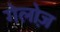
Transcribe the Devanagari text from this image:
गेलोज़